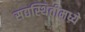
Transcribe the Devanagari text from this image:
सद्यस्थितीमध्ये